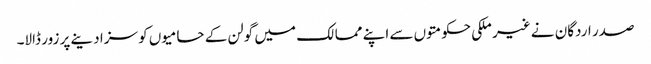
صدر اردگان نے غیر ملکی حکومتوں سے اپنے ممالک میں گولن کے حامیوں کو سزا دینے پر زور ڈالا۔